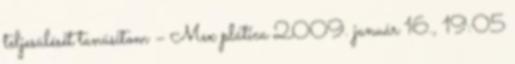
teljesülését tanúsítom – Mex plática 2009. január 16., 19:05